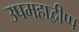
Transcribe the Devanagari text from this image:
उपमहाद्वीप्प